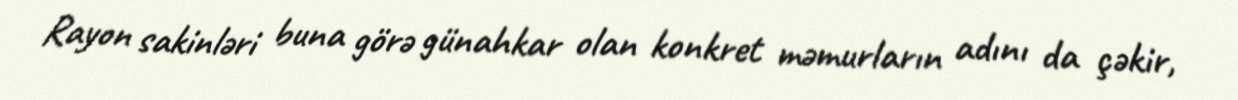
Rayon sakinləri buna görə günahkar olan konkret məmurların adını da çəkir,